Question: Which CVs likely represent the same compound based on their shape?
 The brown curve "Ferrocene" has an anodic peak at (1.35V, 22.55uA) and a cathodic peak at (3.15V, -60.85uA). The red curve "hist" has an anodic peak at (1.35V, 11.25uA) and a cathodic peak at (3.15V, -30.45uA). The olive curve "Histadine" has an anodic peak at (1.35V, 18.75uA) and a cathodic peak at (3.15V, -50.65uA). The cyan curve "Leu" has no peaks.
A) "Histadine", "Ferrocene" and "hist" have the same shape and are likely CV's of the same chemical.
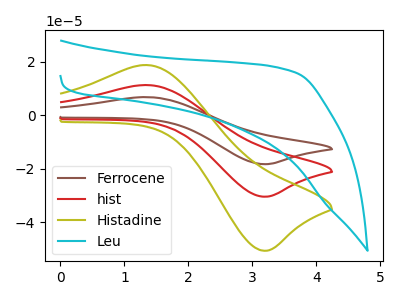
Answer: <think>All the peaks in "Ferrocene" have a peak in "hist" at the same potential. Every peak in "Ferrocene" is higher than every peak in "hist". All the peaks in "Ferrocene" have a peak in "Histadine" at the same potential. Every peak in "Ferrocene" is higher than every peak in "Histadine". "Ferrocene" and "Leu" have a different number of peaks. All the peaks in "hist" have a peak in "Histadine" at the same potential. Every peak in "hist" is lower than every peak in "Histadine". "hist" and "Leu" have a different number of peaks. "Histadine" and "Leu" have a different number of peaks.
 </think>
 <answer>A) "Histadine", "Ferrocene" and "hist" have the same shape and are likely CV's of the same chemical.</answer>
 <eval>A</eval>